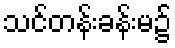
သင်တန်းခန်းမ၌